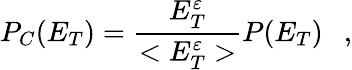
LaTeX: P_{C}(E_{T})={\frac{E_{T}^{\varepsilon}}{<E_{T}^{\varepsilon}>}}P(E_{T})\ \ \ ,